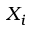
X _ { i }